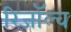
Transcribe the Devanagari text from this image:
रिजॉल्व